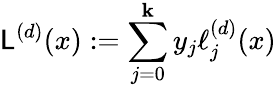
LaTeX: \mathsf{L}^{(d)}(x):=\sum_{j=0}^{\mathbf{k}}y_{j}\ell_{j}^{(d)}(x)